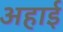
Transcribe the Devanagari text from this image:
अहाई